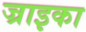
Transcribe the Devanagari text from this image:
ज्राइका